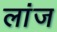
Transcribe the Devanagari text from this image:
लांज